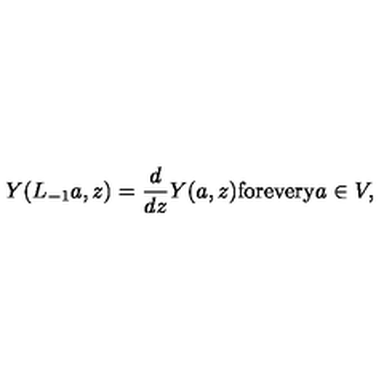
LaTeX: Y ( L _ { - 1 } a , z ) = \frac { d } { d z } Y ( a , z ) \mathrm { f o r e v e r y } a \in V ,